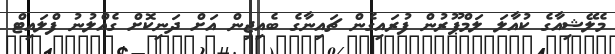
މެލޭޝިއާގެ ކުއާލަ ލަމްޕޫރުން ފުރައިގެން ޗައިނާގެ ބެއިޖިން އަށް ދަނިކޮށް ގެއްލުނު ފްލައިޓް